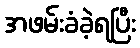
အဖမ်းခံခဲ့ရပြီး